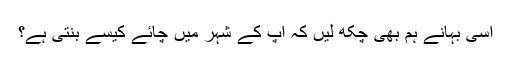
اسی بہانے ہم بھی چکھ لیں کہ آپ کے شہر میں چائے کیسے بنتی ہے؟